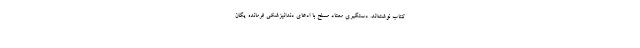
کتاب نوشته‌اند. دستگیری معتاد مسلح با ادعای دندانپزشکی فرمانده یگان